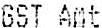
GST AMT